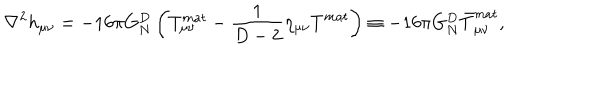
LaTeX: \nabla ^ { 2 } h _ { \mu \nu } = - 1 6 \pi G _ { N } ^ { D } \left( T _ { \mu \nu } ^ { m a t } - { \frac { 1 } { D - 2 } } \eta _ { \mu \nu } T ^ { m a t } \right) \equiv - 1 6 \pi G _ { N } ^ { D } \bar { T } _ { \mu \nu } ^ { m a t } ,